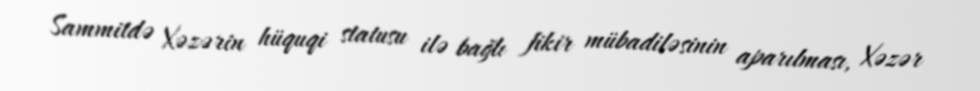
Sammitdə Xəzərin hüquqi statusu ilə bağlı fikir mübadiləsinin aparılması, Xəzər